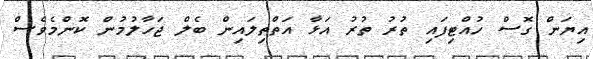
އިޔަން ގޮސް ހުއްޓިފައި ތުރު ތުރު އަޅާ އަތްތިލައިން ބެލް ޖަހާލުމުން ކޮންމެވެސް